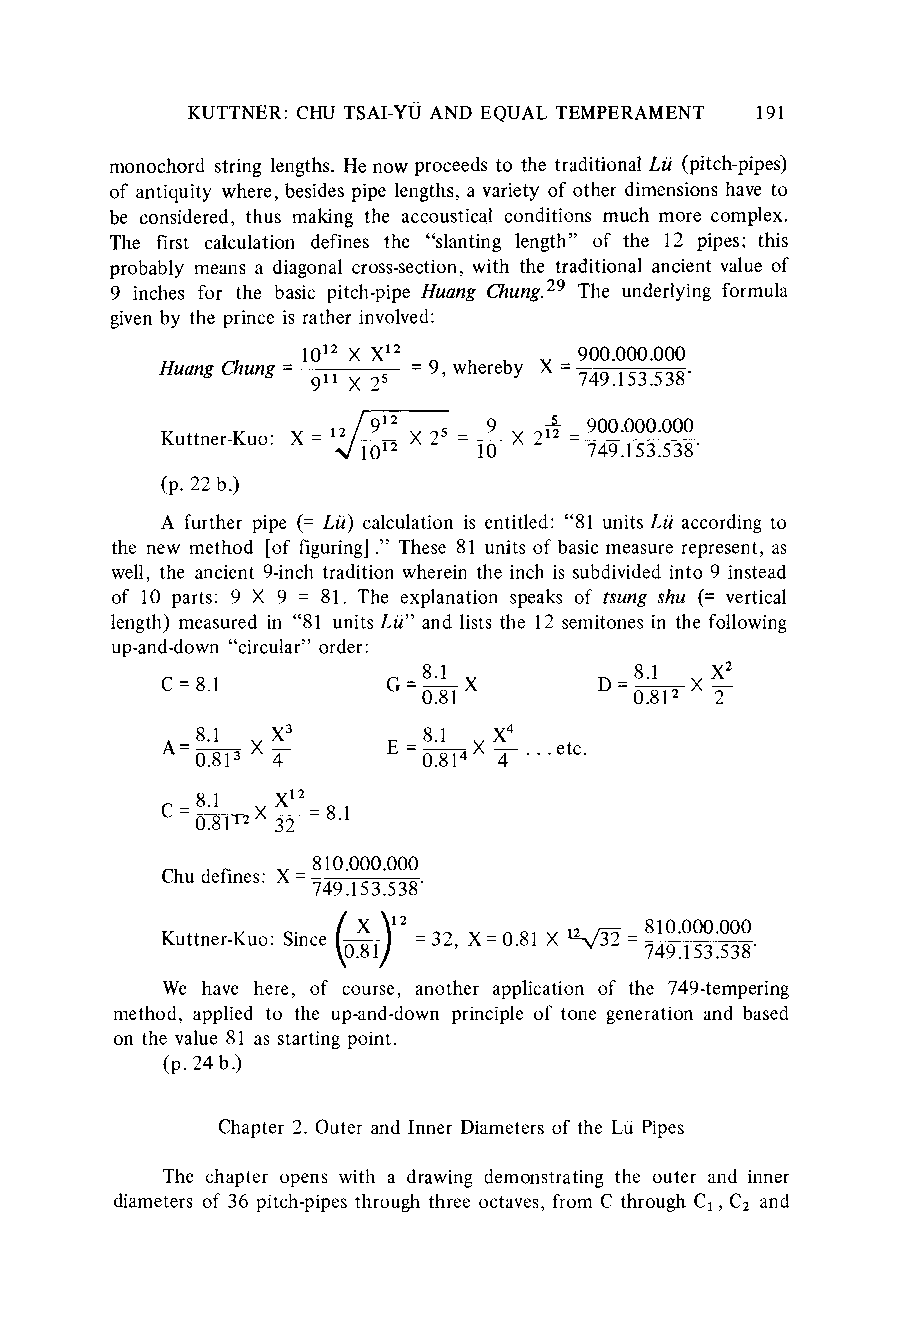
KUTTNER:C HU TSAI-YU AND EQUAL TEMPERAMENT 191
 monochord string lengths. He now proceeds to the traditionalL u (pitch-pipes)
 of antiquity where, besides pipe lengths, a variety of other dimensions have to
 be considered, thus making the accoustical conditions much more complex.
 The first calculation defines the "slanting length" of the 12 pipes; this
 probably means a diagonal cross-section, with the traditional ancient value of
 9 inches for the basic pitch-pipe Huang Chung.29 The underlying formula
 given by the prince is ratheri nvolved:
 1012 X X12        900.000.000
 Huang Chung     == 9, whereby X =749
 911 2x'          749.153.538'
 1
 Kuttner-Kuo: X = 12 _/9 u1 s 2 = X 2 -_ 9 X 2 - 900.000.000
 %/1- X2   10     749.153.538'
 (p. 22 b.)
 A further pipe (= Lu) calculation is entitled: "81 units Lu according to
 the new method [of figuring]. " These 81 units of basic measure represent, as
 well, the ancient 9-inch tradition wherein the inch is subdividedi nto 9 instead
 of 10 parts: 9 X 9 = 81. The explanation speaks of tsung shu (= vertical
 length) measured in "81 units Lu" and lists the 12 semitones in the following
 up-and-down" circular"o rder:
 81            8.1  X2
 C= 8.1         G= 08X        D 81  X
 0.81          0.8 2 2
 8.1  X3        8.1  X4
 A=    X        E    X   ... etc.
 0.83i 4        0.81 4
 8.1  X12
 C = 12 X - = 8.1
 O0i93i- 32
 810.000.000
 Chu defines: X= 749.153.538
 lx\12            810.000.000
 Kuttner-Kuo:S ince (0.-- = 32, \ 0X '8 1= / 0.81 X 1-,32 = 749.115533..553 8'
 We have here, of course, another application of the 749-tempering
 method, applied to the up-and-down principle of tone generation and based
 on the value 81 as starting point.
 (p. 24 b.)
 Chapter2 . Outer and Inner Diameters of the Lu Pipes
 The chapter opens with a drawing demonstrating the outer and inner
 diameters of 36 pitch-pipes through three octaves, from C through C1, C2 and